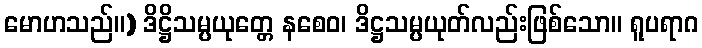
မောဟသည်။) ဒိဋ္ဌိသမ္ပယုတ္တေ နစေဝ၊ ဒိဋ္ဌသမ္ပယုတ်လည်းဖြစ်သော။ ရူပရာဂ